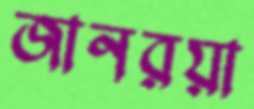
জানরয়া